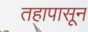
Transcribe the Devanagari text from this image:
तहापासून